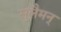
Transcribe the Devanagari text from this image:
सुलैमन्